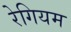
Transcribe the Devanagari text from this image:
रेगियम